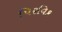
પિરવિક